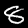
Label: 8